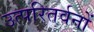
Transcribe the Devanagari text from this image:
उत्परितर्वनों